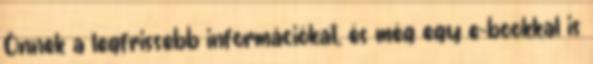
Önnek a legfrissebb információkat, és még egy e-bookkal is